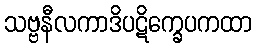
သဗ္ဗနီလကာဒိပဋိက္ခေပကထာ